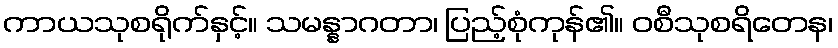
ကာယသုစရိုက်နှင့်။ သမန္နာဂတာ၊ ပြည့်စုံကုန်၏။ ဝစီသုစရိတေန၊